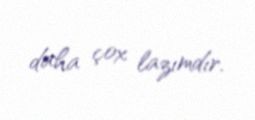
daha çox lazımdır.